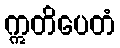
ဣတိပေတံ